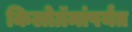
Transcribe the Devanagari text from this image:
किलोग्रॅमांपर्यंत